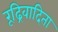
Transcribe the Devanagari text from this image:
रूढ्रिवादिता